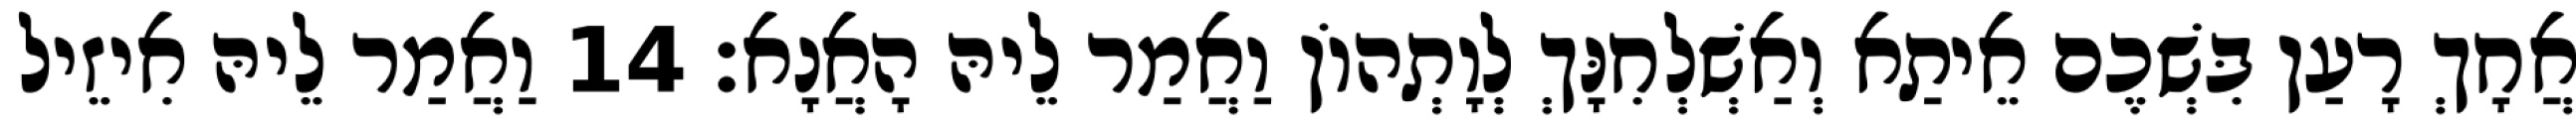
אֲחָךְ רָעַן בִּשְׁכֶם אֵיתַא וְאַשְׁלְחִנָּךְ לְוָתְהוֹן וַאֲמַר לֵיהּ הָאֲנָא׃ 14 וַאֲמַר לֵיהּ אִיזֵיל